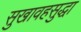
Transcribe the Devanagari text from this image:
सुखावहसुद्धा